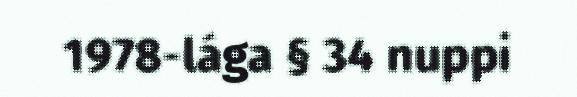
1978-lága § 34 nuppi